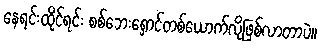
နေရင်းထိုင်ရင်း စစ်ဘေးရှောင်တစ်ယောက်လိုဖြစ်လာတာပဲ။